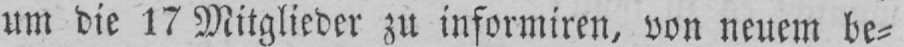
um die 17 Mitglieder zu informiren, von neuem be⸗